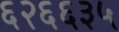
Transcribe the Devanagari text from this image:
६२६६३५